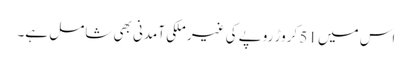
اس میں 51 کروڑ روپے کی غیر ملکی آمدنی بھی شامل ہے۔